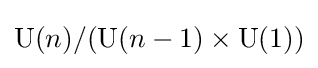
\operatorname {U} (n)/(\operatorname {U} (n-1)\times \operatorname {U} (1))